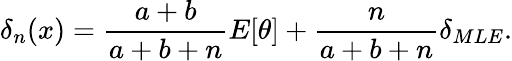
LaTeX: \delta_{n}(x)={\frac{a+b}{a+b+n}}E[\theta]+{\frac{n}{a+b+n}}\delta_{MLE}.